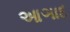
આઞાદ